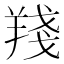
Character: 𦎗